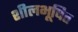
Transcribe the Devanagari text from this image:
शीलभूषित